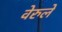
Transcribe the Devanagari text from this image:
वेरुले